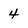
Character: 4